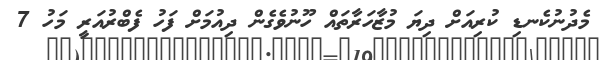
މެދުނުކެނޑި ކުރިއަށް ދިޔަ މުޒާހަރާތައް ހޫނުވެގެން ދިއުމަށް ފަހު ފެބްރުއަރީ މަހު 7